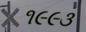
૧૯૯૩